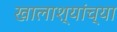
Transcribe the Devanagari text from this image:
खालाश्यांच्या